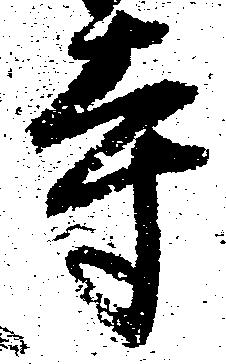
寺